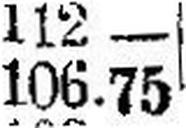
106.75